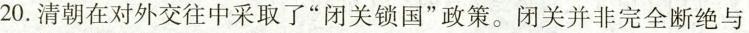
20.清朝在对外交往中采取了”闭关锁国”政策。闭关并非完全断绝与